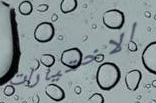
الاختيارات